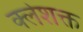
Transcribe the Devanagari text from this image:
क्लेशक्त